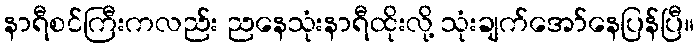
နာရီစင်ကြီးကလည်း ညနေသုံးနာရီထိုးလို့ သုံးချက်အော်နေပြန်ပြီ။